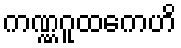
ကဏ္ဏဂူထကေဟိ